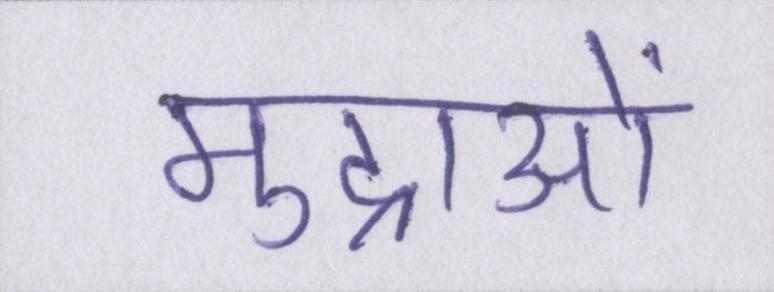
मुद्राओं